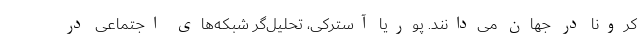
کرونا در جهان می‌دانند. پوریا آسترکی، تحلیل‌گر شبکه‌های اجتماعی در